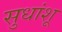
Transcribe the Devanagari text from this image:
सुधांशू